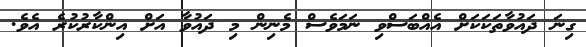
ގިނަ ދައުވާތަކަކަށް އެއްބަސްވި ނަމަވެސް މެނިން މި ދައުވާ އަށް އިންކާރުކުރެ އެވެ.